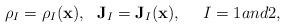
LaTeX: \begin{align*}\rho_I=\rho_I(\mathbf{x}),~~ \mathbf{J}_I=\mathbf{J}_I (\mathbf{x}),~~~~ I = 1 and 2,\end{align*}